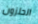
الحلزون